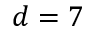
d = 7